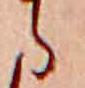
ら